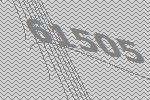
61505